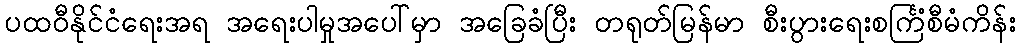
ပထဝီနိုင်ငံရေးအရ အရေးပါမှုအပေါ်မှာ အခြေခံပြီး တရုတ်မြန်မာ စီးပွားရေးစင်္ကြံစီမံကိန်း